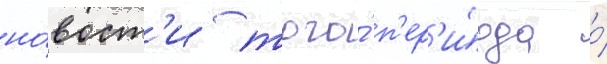
но́вост'и того́ п'ер'и́ода о́